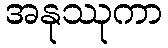
အနုဿုကာ